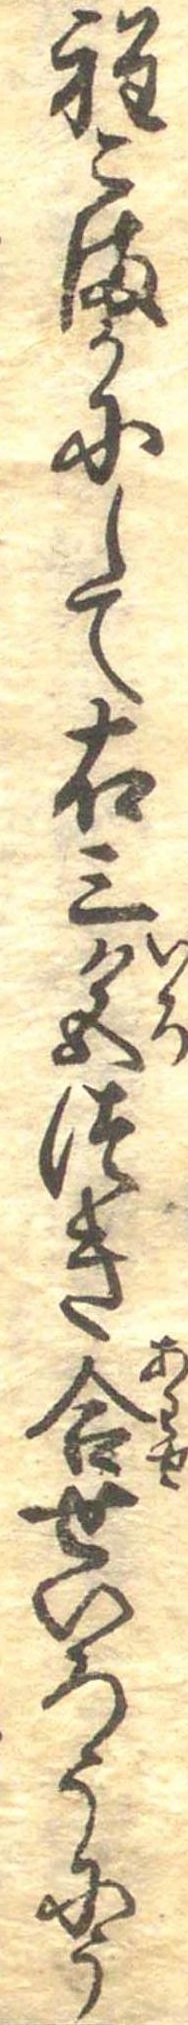
程こまかにして右三色つき合せいろうにう